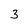
Character: 3